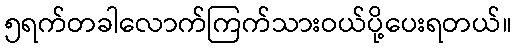
၅ရက်တခါလောက်ကြက်သားဝယ်ပို့ပေးရတယ်။